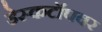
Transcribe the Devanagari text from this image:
डेस्कटॉपवर